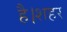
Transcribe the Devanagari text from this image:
है।शहर